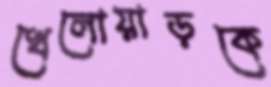
খেলোয়াড়কে